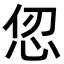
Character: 𪫫